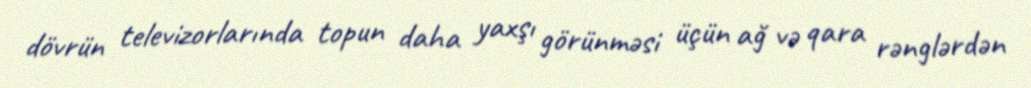
dövrün televizorlarında topun daha yaxşı görünməsi üçün ağ və qara rənglərdən